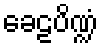
ခေဠပိဏ္ဍံ